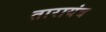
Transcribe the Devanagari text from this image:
तारायंत्र